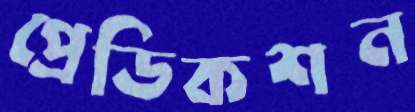
প্রেডিকশন